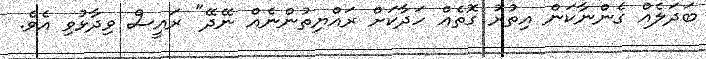
ބަދަލެއް ގެންނާކަން އިތުރު ގޮތެއް ހަދާކަށް ރައްޔިތުންނެއް ނޭދޭ" ރައީސް ވިދާޅުވި އެވެ.